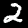
Label: 2